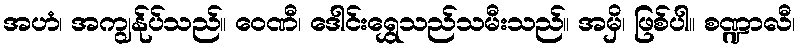
အဟံ၊ အကျွန်ုပ်သည်။ ဝေဏီ၊ ဒေါင်းရွှေသည်သမီးသည်။ အမှိ၊ ဖြစ်ပါ။ စဏ္ဍာလီ၊